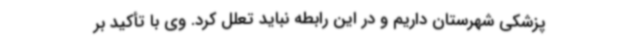
پزشکی شهرستان داریم و در این رابطه نباید تعلل کرد. وی با تأکید بر